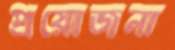
প্রয়োজনা